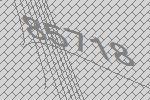
85718